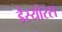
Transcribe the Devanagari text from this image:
डैस्योरस